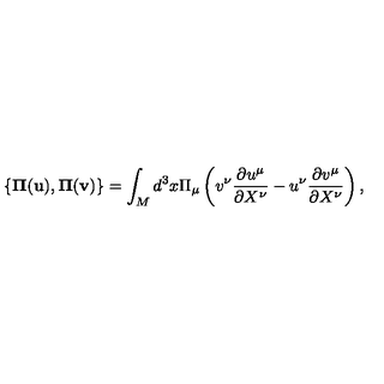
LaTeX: { } \{ { \bf \Pi } ( { \bf u } ) , { \bf \Pi } ( { \bf v } ) \} = \int _ { M } d ^ { 3 } x \Pi _ { \mu } \left( v ^ { \nu } \frac { \partial u ^ { \mu } } { \partial X ^ { \nu } } - u ^ { \nu } \frac { \partial v ^ { \mu } } { \partial X ^ { \nu } } \right) ,